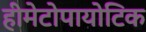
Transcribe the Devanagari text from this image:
हीमेटोपायोटिक